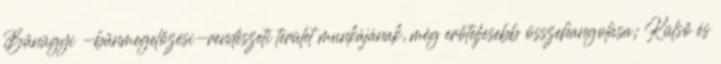
Bűnügyi -bűnmegelőzési-rendészeti terület munkájának, még erőteljesebb összehangolása; Külső és